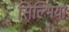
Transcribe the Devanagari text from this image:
सिल्भिया